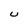
Character: U